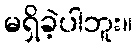
မရှိခဲ့ပါဘူး။